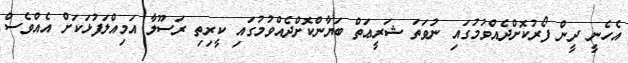
އެހެނީ ދީން ފޯރުކޮށްދެއްވުމުގައި ނުވަތަ ޝަރީޢަތް ބަޔާންކޮށްދެއްވުމުގައި ކީރިތި ރަސޫލާ އަމިއްލަފުޅަކަށް އެއްވެސް